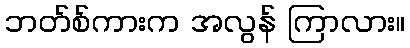
ဘတ်စ်ကားက အလွန် ကြာလား။